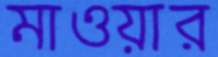
মাওয়ার